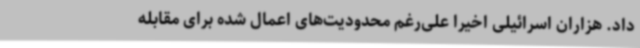
داد. هزاران اسرائیلی اخیراً علی‌رغم محدودیت‌های اعمال شده برای مقابله